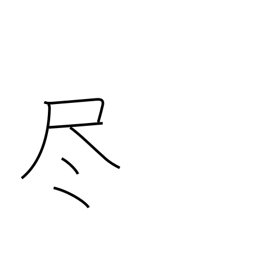
Meaning: deplete